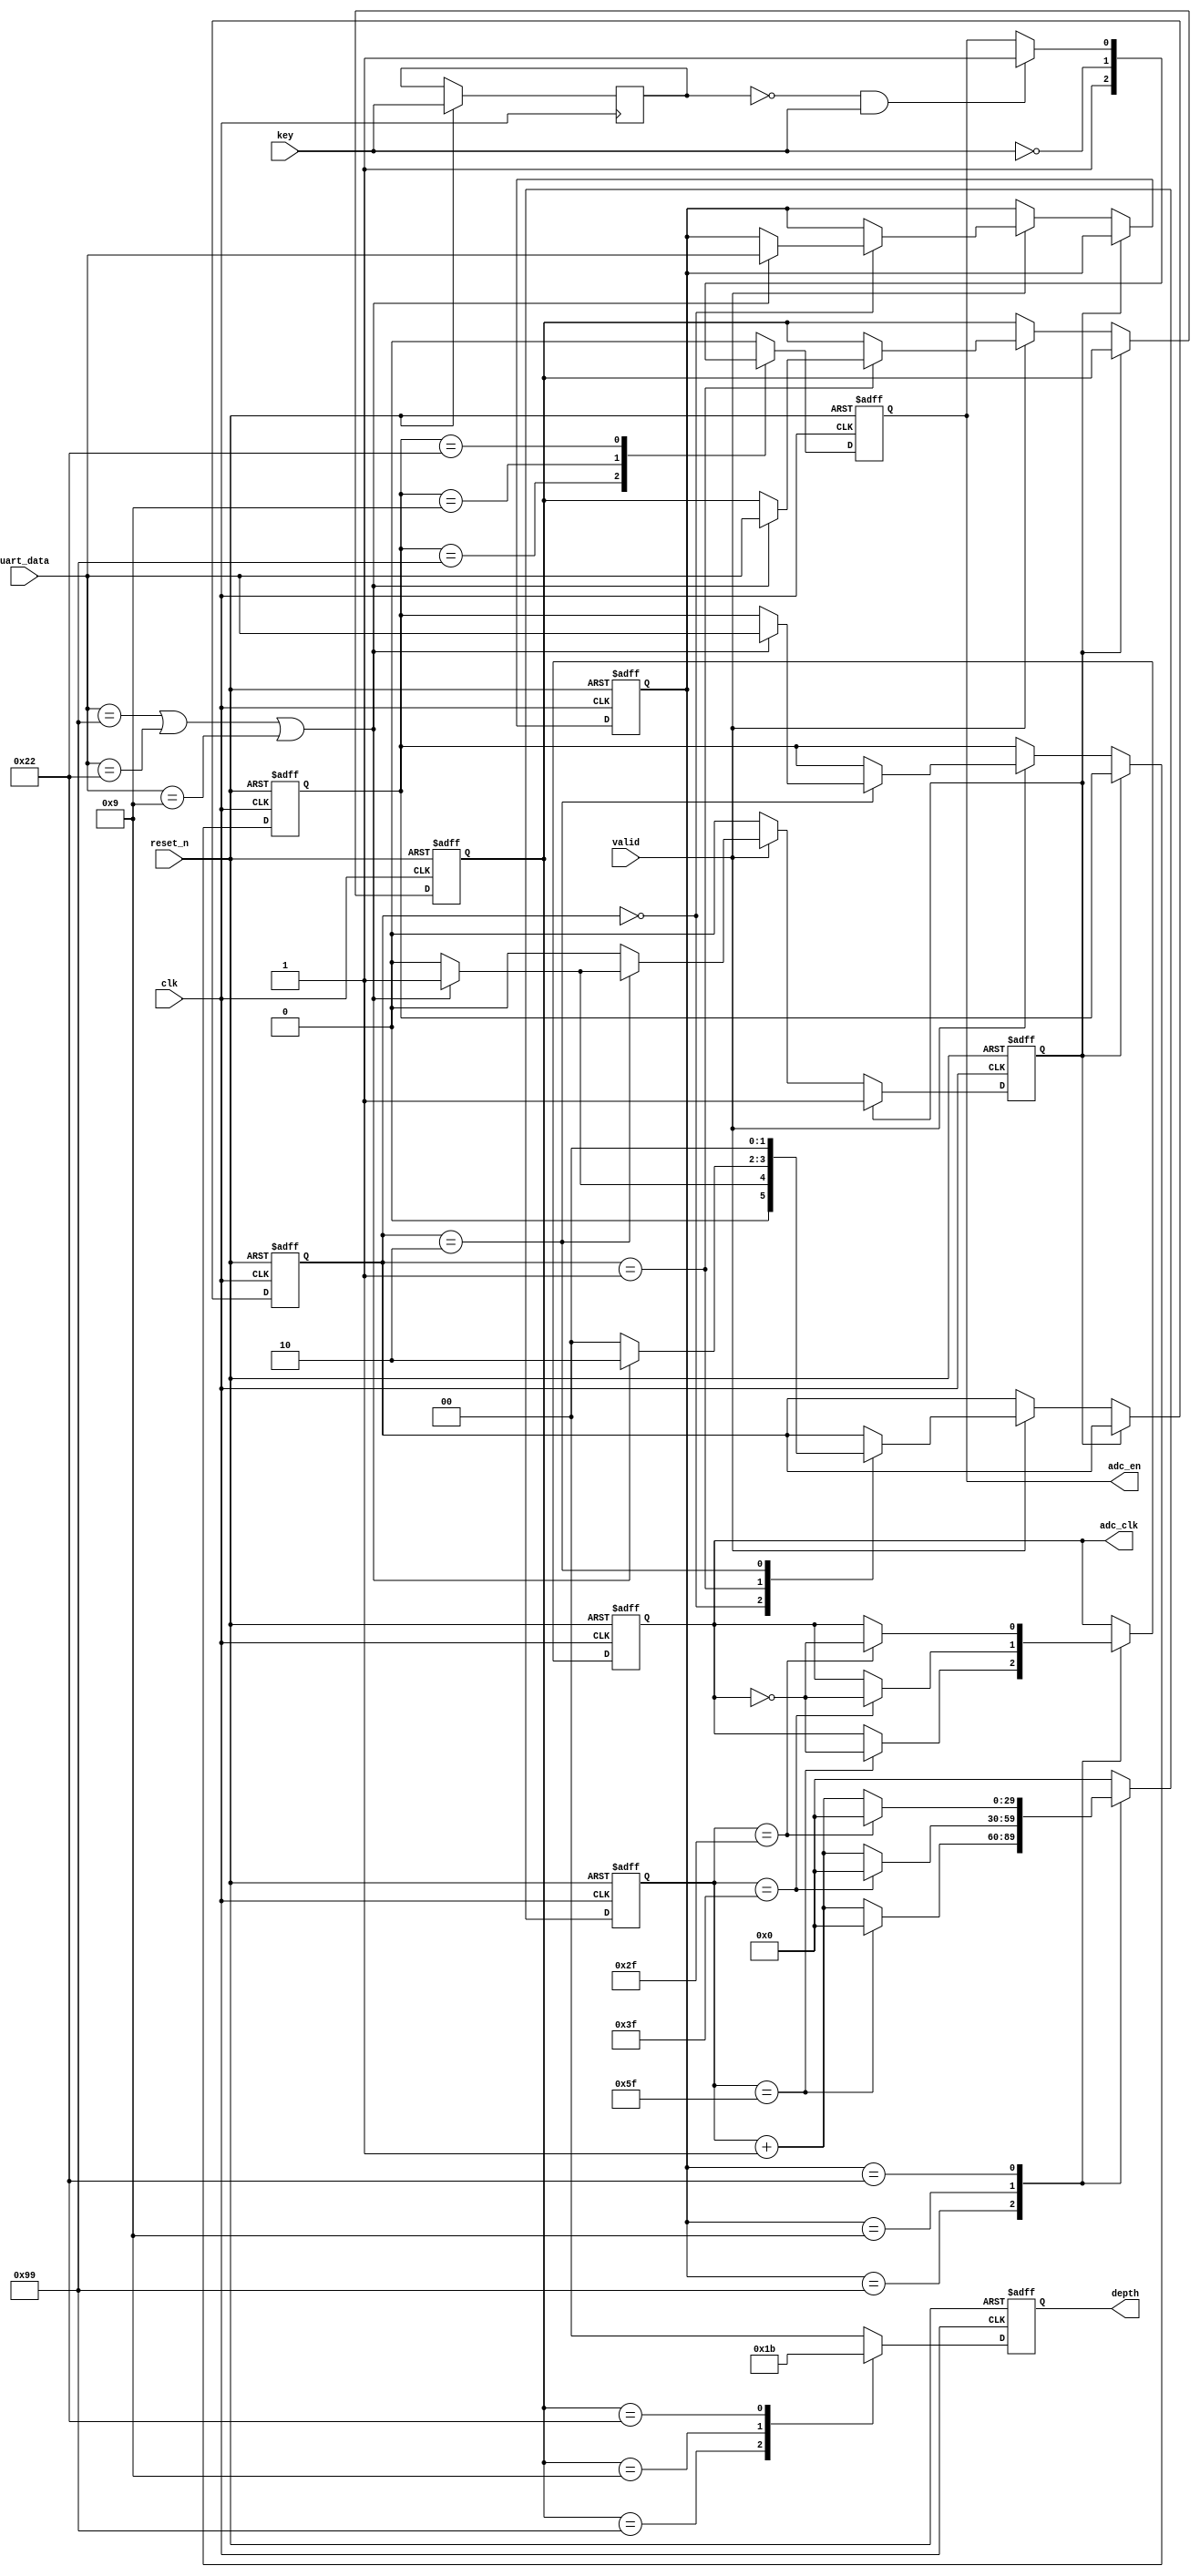
//*************************************************************/
//
//   199_09_22,,,
//	 299=09=22=
//	 399=1K09=5K22=10K
//	 499=500HZ09=750HZ22=1KHZ
//	 
// 
//*************************************************************/
module type_choice(
    
input	 wire   		clk	 , 
input	 wire   		reset_n ,
input	 wire			key,
input	 wire   		valid	,  
input	 wire  [7:0] 	uart_data,
output	 reg			adc_en,			//start//
output	 reg   [1:0]   	depth 			,	  
output	 reg   			adc_clk

  );

parameter	clk_number=24000000;		//24Mh

reg			[7:0]		a;				//synthesis keep
reg			[7:0]		b;				//synthesis keep
reg			[7:0]		c;				//synthesis keep
reg						key_reg;
reg			[1:0]		state;			//
reg						state_a;
reg			[29:0]		clk_cnt;
reg						state_b;		//     


always@(negedge clk or negedge reset_n)
begin
	if(!reset_n)
    begin
    	a<=8'd0;
        b<=8'd0;
        c<=8'd0;
        state<=2'd0;
        state_b<=1'b0;
    end
    else 
    begin
    case(state_b)
   		 1'b0:begin
   		 if(valid)
   		 begin
			 case(state)
   		     2'd0:begin
                if((uart_data==8'h99)||(uart_data==8'h22)||(uart_data==8'h09))
                begin
   		     		c[7:0]<=uart_data[7:0];state<=2'd1;
   		        end
                else
                begin
                	state<=2'd0;
                end
             end
   		     2'd1:begin
                if((uart_data==8'h99)||(uart_data==8'h22)||(uart_data==8'h09))
                begin
   		     		b[7:0]<=uart_data[7:0];state<=2'd2;
   		        end
                else
                begin
                	state<=2'd0;
                end
   		         end
   		     2'd2:begin
                if((uart_data==8'h99)||(uart_data==8'h22)||(uart_data==8'h09))
                begin
   		     		a[7:0]<=uart_data[7:0];state<=2'd0;state_b<=1'b1;
   		        end
                else
                begin
                	state<=2'd0;
                end
   		     	end
		     endcase
   		 end
         end
         1'b1:begin
         			
         end
    endcase
    end
end		

always@(posedge clk or negedge reset_n)
begin
      if(!reset_n)
      begin
      	   adc_en<=1'b0;
           state_a<=1'b0;
	  end
      else 
      begin
      key_reg<=key;
      case(a)
          8'h99:begin		//
          	adc_en<=1'b1;
          end
          8'h09:begin		//
          	adc_en<=~key;
          end
          8'h22:begin		//
              	if(~key_reg&&key)
                  begin
                  	adc_en<=1'b1;
                    state_a<=1'b1;
                  end
                  else
                  begin
                  	adc_en<=adc_en;
                  end
              end
          default:adc_en<=1'b0;	
       endcase
       end
end     
            	
always@(posedge clk or negedge reset_n)
begin
	if(!reset_n)
    begin
    	depth<=2'd0;
    end
    else
    begin
    	case(b)
        8'h99:begin
        	depth<=2'd1;		 	//1k
            end
        8'h09:begin					//5k
        	depth<=2'd2;
            end
        8'h22:begin					//10k
        	depth<=2'd3;
            end
        default:begin
           	depth<=2'd0;
        end	
        endcase
    end
end

always@(posedge clk or negedge reset_n)   //50mhz   50000000 >> 500
begin
	if(!reset_n)
    begin
    	adc_clk<=1'b0;
        clk_cnt<=30'd0;
    end
    else
    begin   
    	case(c)
        8'h99:begin
        	if(clk_cnt==((clk_number/250000)-1))			//500
            begin
            	adc_clk<=!adc_clk;
                clk_cnt<=30'd0;
            end
            else
            begin
            	clk_cnt<=clk_cnt+1'b1;
         	end
        end
        8'h09:begin					//5k
        	if(clk_cnt==((clk_number/375000)-1))			//750
            begin
            	adc_clk<=!adc_clk;
                clk_cnt<=30'd0;
            end
            else
            begin
            	clk_cnt<=clk_cnt+1'b1;
         	end
        end
        8'h22:begin					//10k
        	if(clk_cnt==((clk_number/500000)-1))			//1000
            begin
            	adc_clk<=!adc_clk;
                clk_cnt<=30'd0;
            end
            else
            begin
            	clk_cnt<=clk_cnt+1'b1;
         	end
         end
         default:begin
           	clk_cnt<=1'b0;
         end	
        endcase
    end
end
    	



endmodule